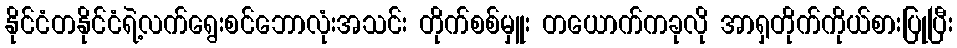
နိုင်ငံတနိုင်ငံရဲ့လက်ရွေးစင်ဘောလုံးအသင်း တိုက်စစ်မှူး တယောက်ကခုလို အာရှတိုက်ကိုယ်စားပြုပြီး